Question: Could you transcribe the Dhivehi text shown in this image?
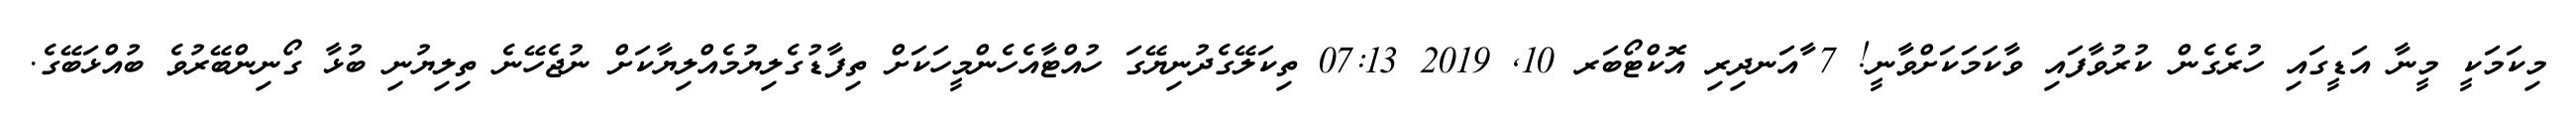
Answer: މިކަމަކީ މީނާ އަޑީގައި ހުރެގެން ކުރުވާފައި ވާކަމަކަށްވާނީ! 7 ާއަނދިރި އޮކްޓޯބަރ 10, 2019 07:13 ތިކަލޭގެދުނިޔޭގަ ހުއްޓާއެހެންމީހަކަށް ތިފާޑުގެލިޔުމެއްލިޔާކަށް ނުޖެހޭނެ ތިލިޔުނި ބުޅާ ގޯނިންބޭރުވެ ބުއްޅަބޭގެ.